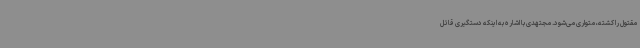
مقتول را کشته، متواری می‌شود. مجتهدی با اشاره به اینکه دستگیری قاتل